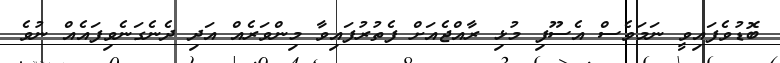
ބޮޑުވެފައިވީ ނަމަވެސް އެސޫފި މުޅި ރާއްޖެއަށް ފެތުރުފައިވާ މިންވަރެއް އަދި ދެނެގަނެވިފައެއް ނުވެ